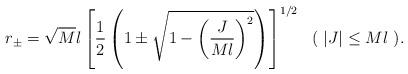
LaTeX: \begin{align*}r_\pm = \sqrt{M} l\left[ \frac{1}{2} \left( 1 \pm \sqrt{1- \left(\frac{J}{Ml}\right)^2 } \right) \right]^{1/2}~~ (~|J| \leq Ml~).\end{align*}